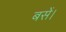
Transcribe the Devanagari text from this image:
बसें।